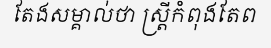
តែងសម្គាល់ថា ស្ត្រីកំពុងតែព